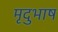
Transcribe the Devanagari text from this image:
मृदुभाष